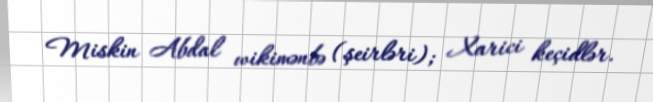
Miskin Abdal wikimənbə (şeirləri); Xarici keçidlər.